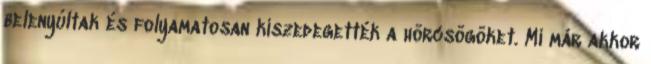
belenyúltak és folyamatosan kiszedegették a hörcsögöket. Mi már akkor